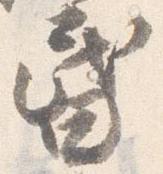
昏